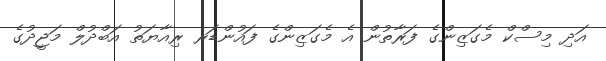
އަދި މިސްކް މެގަޒިންގެ ފަރާތުން އެ މެގަޒިންގެ ފައުންޑަރ ރިއާޔަތު އަބްދުލް މަޖީދުގެ